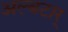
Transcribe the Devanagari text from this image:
अल्बटार्